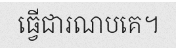
ធ្វើជារណបគេ។